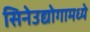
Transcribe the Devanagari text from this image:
सिनेउद्योगामध्ये